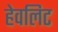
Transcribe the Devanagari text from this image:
हेवलिट